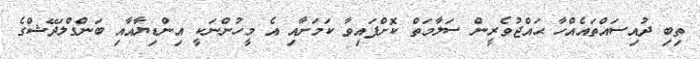
ތިބި ދުއިސައްތައެއްހާ ޙައްޖުވެރީން ސަލާމަތް ކޮށްފައިވާ ކަމަށާއި އެ މީހުންނަކީ އިންޑިޔާއާއި ބަންގްލަދޭޝްގެ